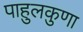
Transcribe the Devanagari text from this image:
पाहुलकुणा